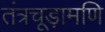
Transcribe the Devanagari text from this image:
तंत्रचूड़ामणि